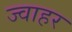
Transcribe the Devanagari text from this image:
ज्वाहर